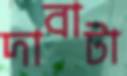
দাবাটা